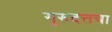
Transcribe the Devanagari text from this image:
गुरुदत्तचा